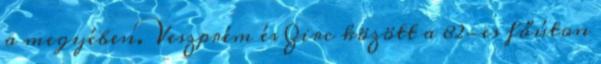
a megyében. Veszprém és Zirc között a 82-es főúton